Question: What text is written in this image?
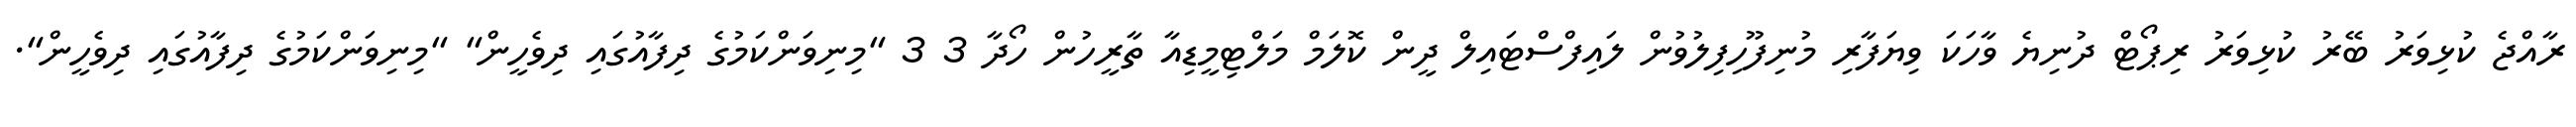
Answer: ރާއްޖެ ކުޅިވަރު ބޭރު ކުޅިވަރު ރިޕޯޓް ދުނިޔެ ވާހަކަ ވިޔަފާރި މުނިފޫހިފިލުވުން ލައިފްސްޓައިލް ދީން ކޮލަމް މަލްޓިމީޑިއާ ތާރީހުން ހޯދާ 3 3 "މިނިވަންކަމުގެ ދިފާއުގައި ދިވެހީން" "މިނިވަންކަމުގެ ދިފާއުގައި ދިވެހީން".